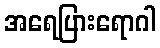
အရေပြားရောဂါ